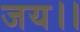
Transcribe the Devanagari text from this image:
जय।।